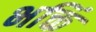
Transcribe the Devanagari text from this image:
भक्तिं